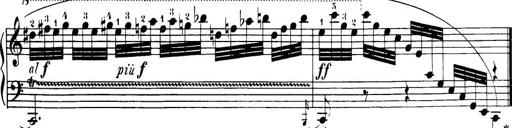
Title: 32 Sonatinas and Rondos for the Piano
Composer: Richard Kleinmichel